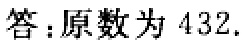
答：原数为 \(432\).